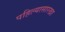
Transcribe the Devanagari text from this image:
पहिल्यासारखा